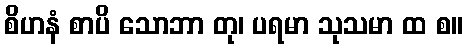
စိဟနံ စာပိ သောဘာ တု၊ ပရမာ သုသမာ ထ စ။